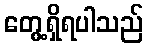
တွေ့ရှိရပါသည်